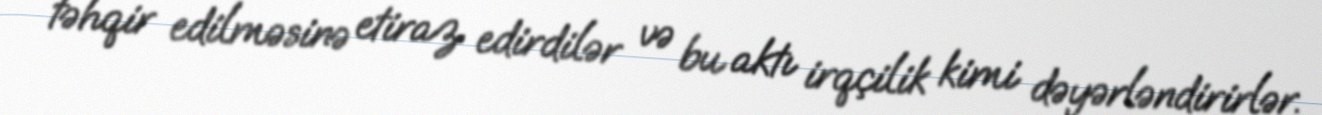
təhqir edilməsinə etiraz edirdilər və bu aktı irqçilik kimi dəyərləndirirlər.